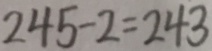
2 4 5 - 2 = 2 4 3